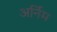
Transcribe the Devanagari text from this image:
अर्निम